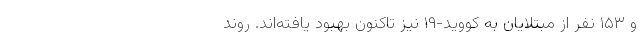
و ۱۵۳ نفر از مبتلایان به کووید-۱۹ نیز تاکنون بهبود یافته‌اند. روند